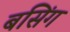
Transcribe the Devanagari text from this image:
बसिंग